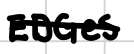
Text: EDGeS
Cross-out: single-line
Writing tool: digital_black